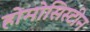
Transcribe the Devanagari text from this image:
होमोसिस्टीन